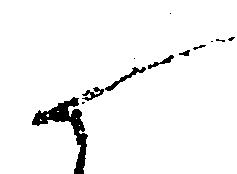
候